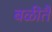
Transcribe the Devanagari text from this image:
बळीतै